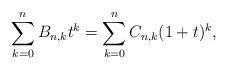
LaTeX: \begin{align*}\sum_{k=0}^n B_{n,k} t^k = \sum_{k=0}^n C_{n,k} (1+t)^k, \end{align*}